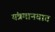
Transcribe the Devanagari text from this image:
यंत्रमानवात